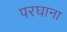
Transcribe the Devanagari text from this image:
परघाना